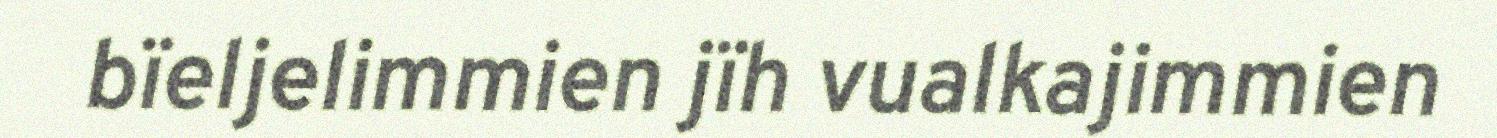
bïeljelimmien jïh vualkajimmien